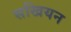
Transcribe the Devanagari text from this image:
सखियन